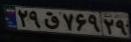
۲۹ق۷۶۹۲۹